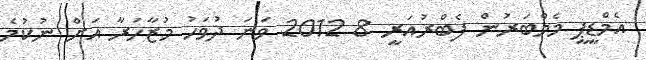
އެމްޑީޕީ މެމްބަރުން ފެބްރުއަރީ 8 2012 ވަނަ ދުވަހު މުޒާހަރާ އަށް ނުކުމެ